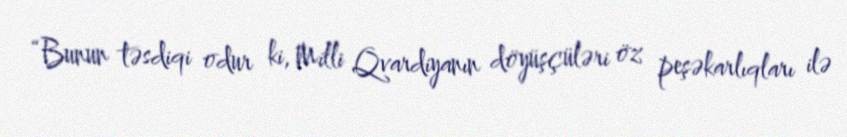
“Bunun təsdiqi odur ki, Milli Qvardiyanın döyüşçüləri öz peşəkarlıqları ilə